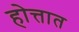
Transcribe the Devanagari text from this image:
होत्तात